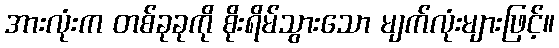
အားလုံးက တစ်ခုခုကို စိုးရိမ်သွားသော မျက်လုံးများဖြင့်။